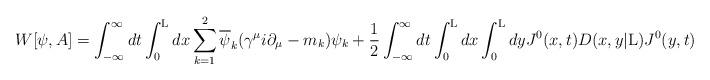
LaTeX: \begin{align*}W[{\psi},A] = \int_{- \infty}^{\infty} dt \int_{0}^{\rm L} dx\sum_{k=1}^{2} \overline{\psi}_k ({\gamma}^{\mu} i{\partial}_{\mu} - m_k) {\psi}_k + \frac{1}{2}\int_{- \infty}^{\infty} dt \int_{0}^{\rm L} dx \int_{0}^{\rm L}dy J^0(x,t) D(x,y|{\rm L}) J^0(y,t)\end{align*}